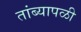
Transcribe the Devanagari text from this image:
तांब्यापळी